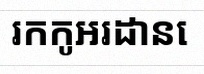
រកកូអរដោនេ